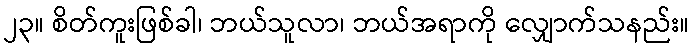
၂၃။ စိတ်ကူးဖြစ်ခါ၊ ဘယ်သူလာ၊ ဘယ်အရာကို လျှောက်သနည်း။